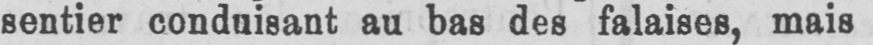
sentier conduisant au bas des falaises, mais